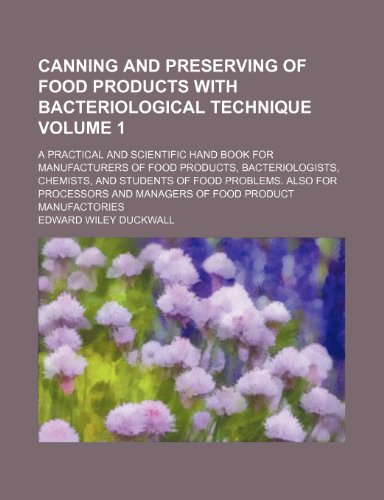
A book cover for Canning and preserving of food products with bacteriological technique Volume 1; a practical and scientific hand book for manufacturers of food ... Also for processors and managers of food pr; Edward Wiley Duckwall; Cookbooks, Food & Wine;